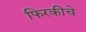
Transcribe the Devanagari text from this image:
फिरकीचे